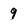
Character: 9